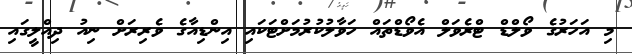
މި އަހަރުގެ ވޯލްޑް ޓްރެވަލް އެވޯޑްތައް ހަވާލުކުރުމަށްޓަކައި އިންޑިއާގެ ވެރިރަށް ނިއު ދިއްލީގައި